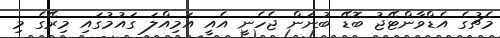
މެޗުގެ އެޑްވާންޓޭޖު ބޮޑޭ ބުނަން ޖެހެނީ އެއީ އަމިއްލަ ގައުމުގައި މިރޭގެ މި